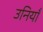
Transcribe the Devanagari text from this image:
उनियाँ